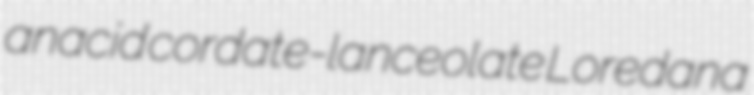
anacid cordate-lanceolate Loredana